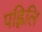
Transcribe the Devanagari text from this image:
पह्लिलि